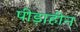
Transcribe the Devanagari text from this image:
पीड़ाहीन